Lunatic asylums Bombay report 1891-1903 - 1891-1903
Year: 1891
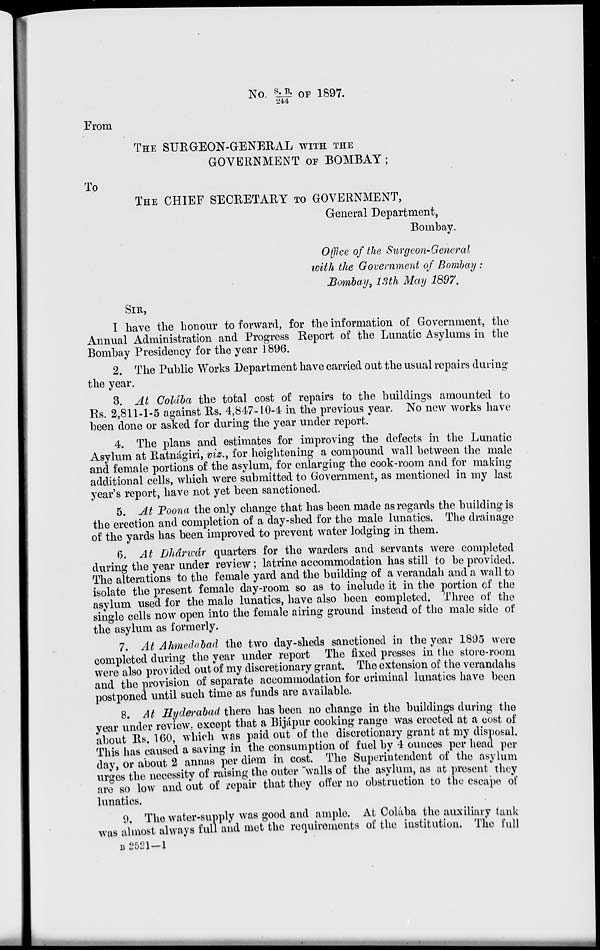
No. S.B./244 OF 1897.
From
THE SURGEON-GENERAL WITH THE
GOVERNMENT OF BOMBAY;
To
THE CHIEF SECRETARY TO GOVERNMENT,
General Department,
Bombay.
Office of the Surgeon-General
with the Government of Bombay :
Bombay, 13th May 1897.
SIR,
I have the honour to forward, for the information of Government, the
Annual Administration and Progress Report of the Lunatic Asylums in the
Bombay Presidency for the year 1896.
2. The Public Works Department have carried out the usual repairs during
the year.
3. At Colába the total cost of repairs to the buildings amounted to
Rs. 2,811-1-5 against Rs. 4,847-10-4 in the previous year. No new works have
been done or asked for during the year under report.
4. The plans and estimates for improving the defects in the Lunatic
Asylum at Ratnágiri, viz., for heightening a compound wall between the male
and female portions of the asylum, for enlarging the cook-room and for making
additional cells, which were submitted to Government, as mentioned in my last
year's report, have not yet been sanctioned.
5. At Poona the only change that has been made as regards the building is
the erection and completion of a day-shed for the male lunatics. The drainage
of the yards has been improved to prevent water lodging in them.
6. At Dhárwár quarters for the warders and servants were completed
during the year under review; latrine accommodation has still to be provided.
The alterations to the female yard and the building of a verandah and a wall to
isolate the present female day-room so as to include it in the portion of the
asylum used for the male lunatics, have also been completed. Three of the
single cells now open into the female airing ground instead of the male side of
the asylum as formerly.
7. At Ahmedabad the two day-sheds sanctioned in the year 1895 were
completed during the year under report The fixed presses in the store-room
were also provided out of my discretionary grant. The extension of the verandahs
and the provision of separate accommodation for criminal lunatics have been
postponed until such time as funds are available.
8. At Hyderabad there has been no change in the buildings during the
year under review, except that a Bijápur cooking range was erected at a cost of
about Rs. 160, which was paid out of the discretionary grant at my disposal.
This has caused a saving in the consumption of fuel by 4 ounces per head per
day, or about 2 annas per diem in cost. The Superintendent of the asylum
urges the necessity of raising the outer walls of the asylum, as at present they
are so low and out of repair that they offer no obstruction to the escape of
lunatics.
9. The water-supply was good and ample. At Colába the auxiliary tank
was almost always full and met the requirements of the institution. The full
B 2521-1